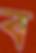
ব